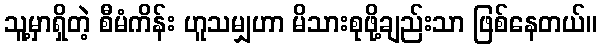
သူ့မှာရှိတဲ့ စီမံကိန်း ဟူသမျှဟာ မိသားစုဖို့ချည်းသာ ဖြစ်နေတယ်။